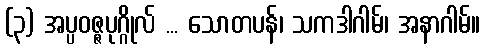
(၃) အပ္ပဝဇ္ဇပုဂ္ဂိုလ် ... သောတပန်၊ သကဒါဂါမ်၊ အနာဂါမ်။